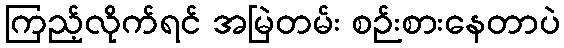
ကြည့်လိုက်ရင် အမြဲတမ်း စဉ်းစားနေတာပဲ